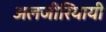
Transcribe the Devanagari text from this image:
अलजीरियायी